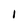
Character: I